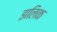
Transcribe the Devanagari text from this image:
झलिक